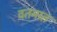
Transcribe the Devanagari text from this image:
वतनात